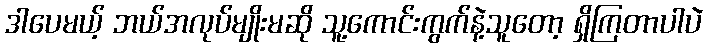
ဒါပေမယ့် ဘယ်အလုပ်မျိုးမဆို သူ့ကောင်းကွက်နဲ့သူတော့ ရှိကြတာပါပဲ